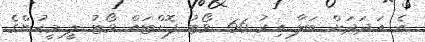
އެ އަދަދަށް ބަލާ އިރު 66 ވޯޓު ފޮށްޓައް ވޯޓު ލީ މީހުންގެ